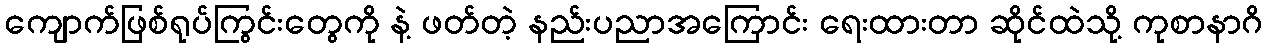
ကျောက်ဖြစ်ရုပ်ကြွင်းတွေကို နဲ့ ဖတ်တဲ့ နည်းပညာအကြောင်း ရေးထားတာ ဆိုင်ထဲသို့ ကုစာနာဂိ